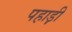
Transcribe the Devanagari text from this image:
पहाड़़ी